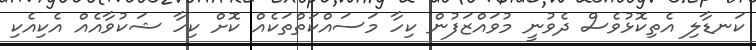
ކަނޑާލި އެތިކޮޅުވެސް ދެވުނީ މުވައްޒަފުން ކިހާ މަސައްކަތްތަކެއް ކޮށް ކިހާ ޝަކުވާއެއް އެކިއެކި